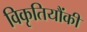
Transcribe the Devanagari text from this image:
विकृतियौंकी